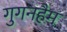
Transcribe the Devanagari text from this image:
गुगनहैम